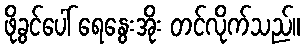
ဖိုခွင်ပေါ် ရေနွေးအိုး တင်လိုက်သည်။